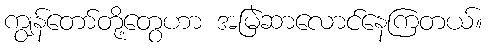
ကျွန်တော်တို့တွေဟာ အမြဲဆာလောင်နေကြတယ်။